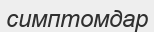
симптомдар